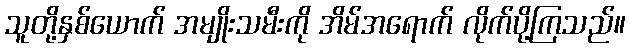
သူတို့နှစ်ယောက် အမျိုးသမီးကို အိမ်အရောက် လိုက်ပို့ကြသည်။